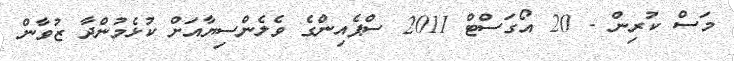
މަސް ކުރިން - 20 އޯގަސްޓް 2011 ސްޕެއިންގެ ވެލެންސިޔާއަށް ކުޅެމުންދާ ޒުވާން